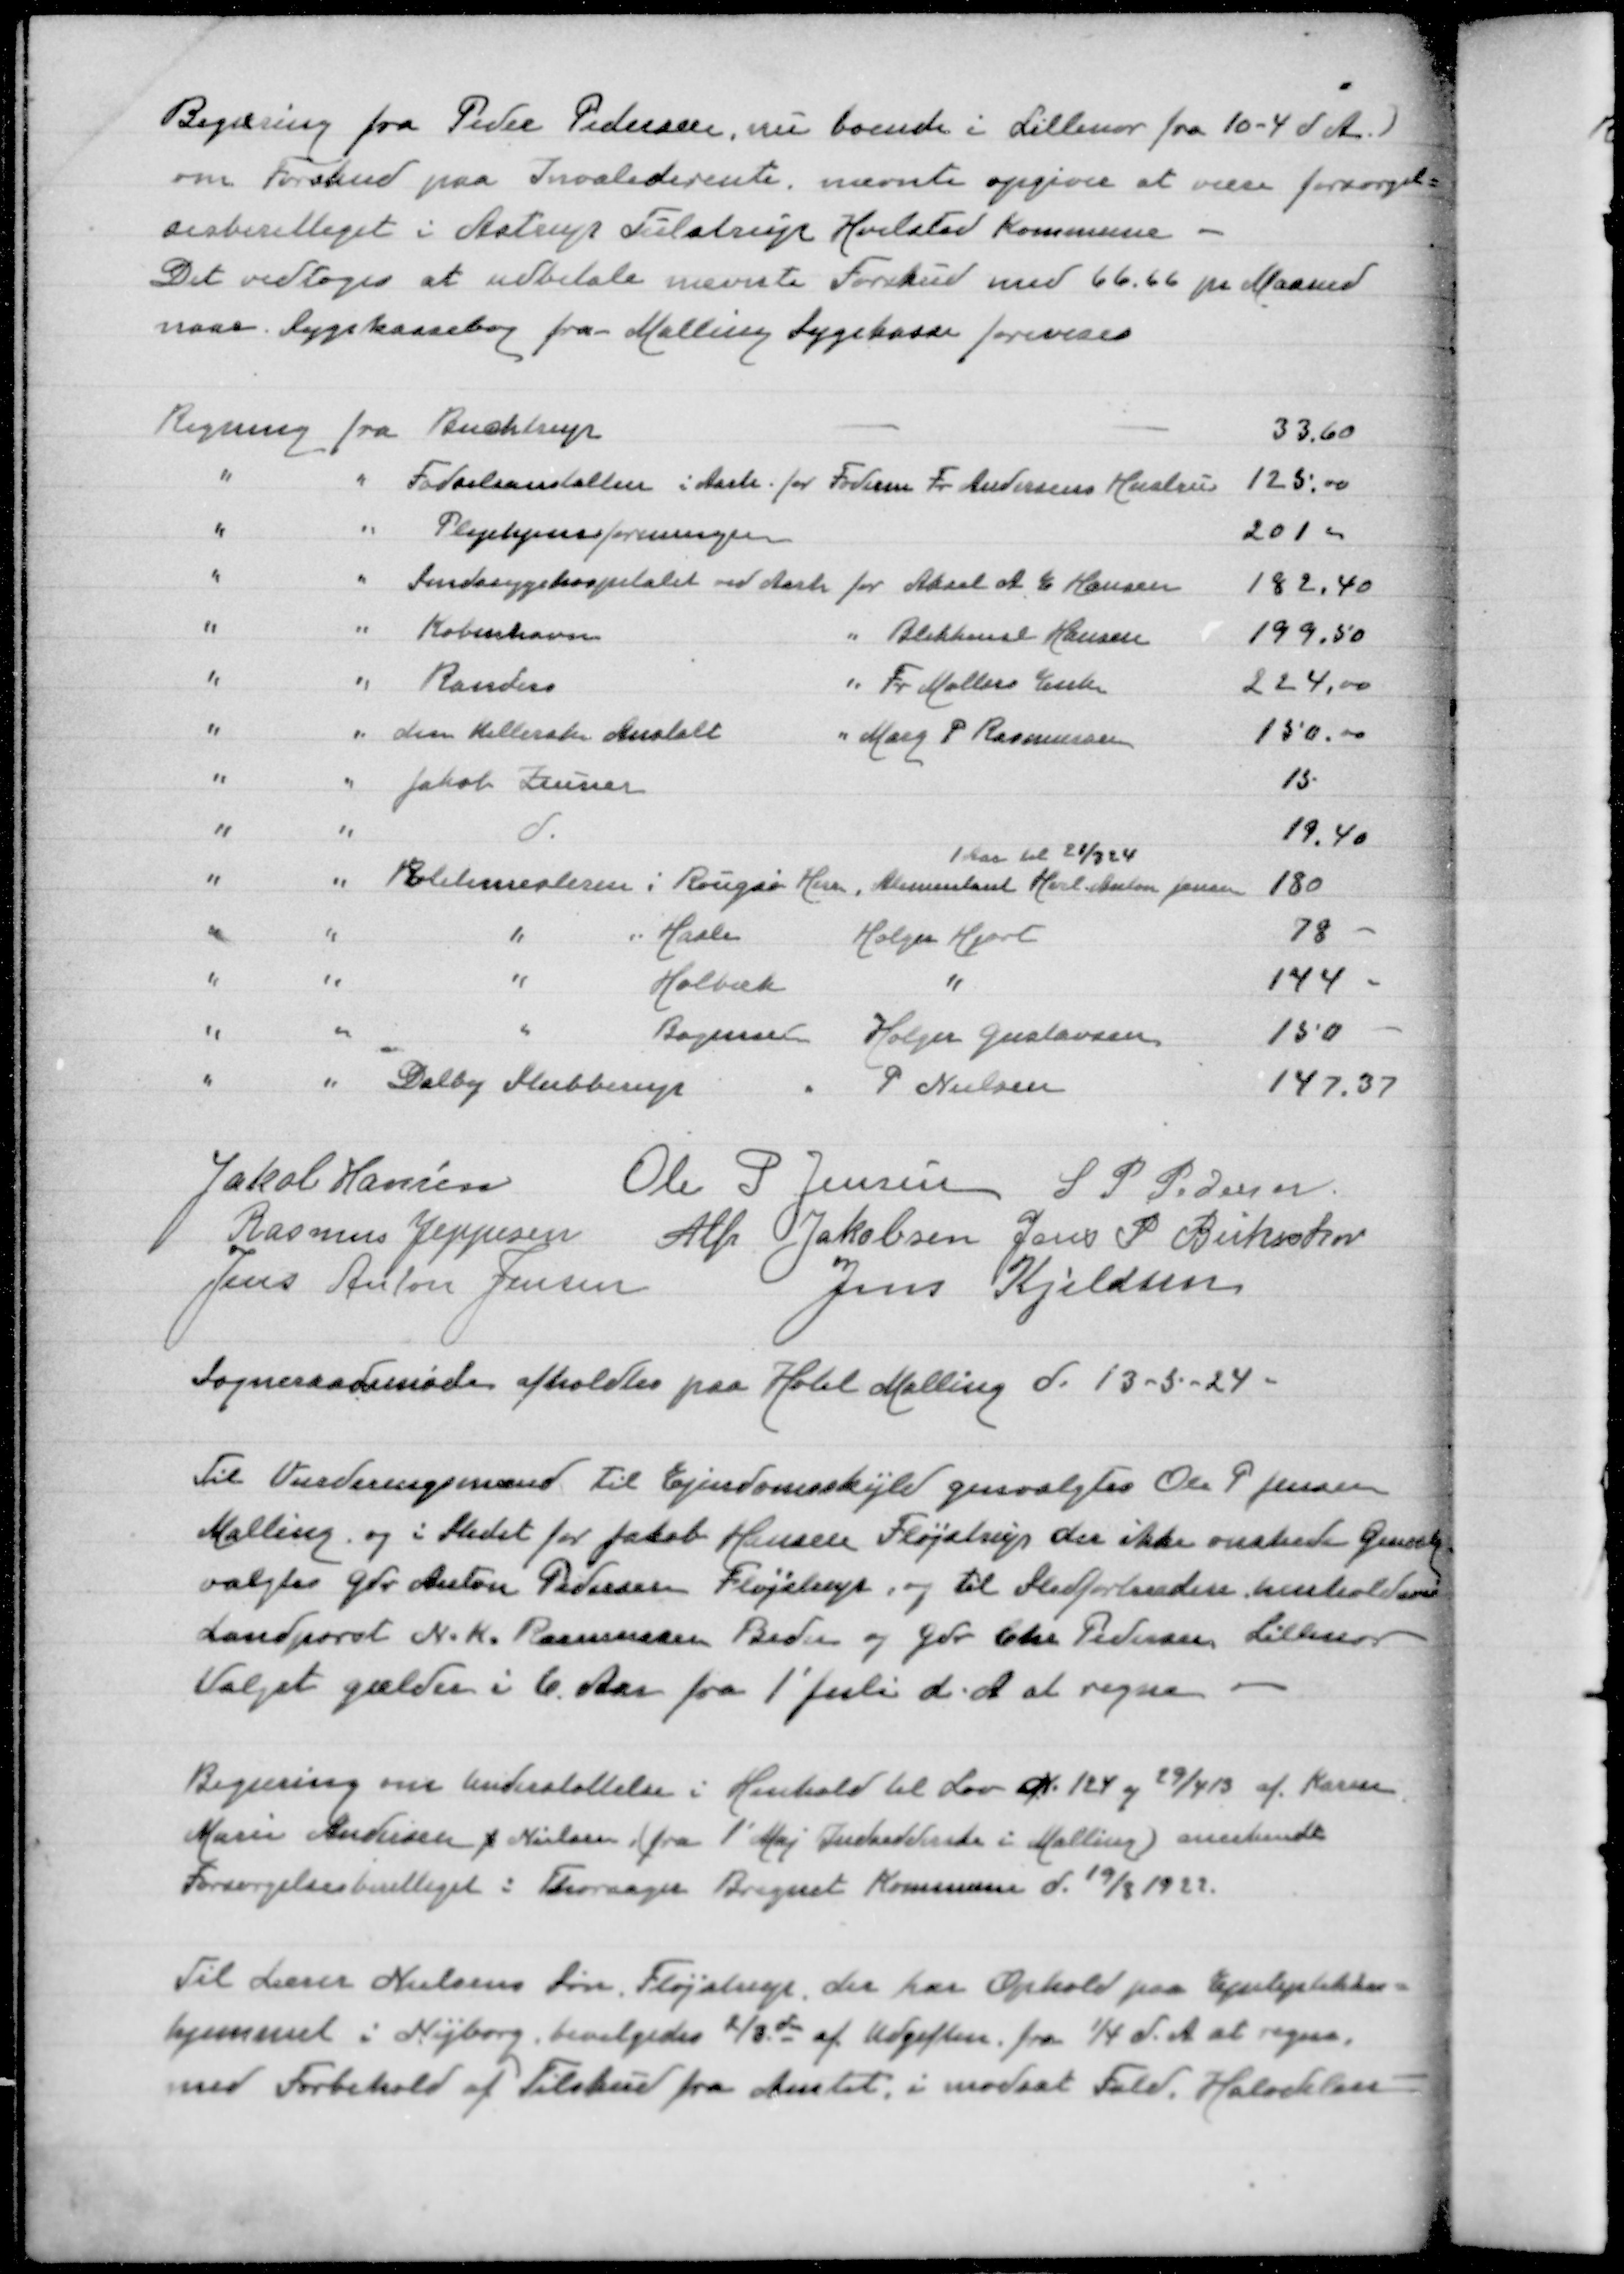
Transskription:
Begæring fra Peder Pedersen, nu boende i Lillenor fra 10-4 d A
om Forskud paa Invaliderente nævnte opgiver at være forsørgel=
sesberettiget i Astrup Tulstrup Holsted Kommune -
Det vedtoges at udbetale nævnte Forskud med 66,66 pr Maaned
naar Sygekassebog fra Malling Sygekasse forevises

Regning fra Buchtrup
33,60
" " Fødeanstalten i Aarh for Foderm Fr Andersens Hustru
1125,00
" " Plejehjemsforeningen
201,00
" " Sindsygehospitalet ved Aarh for Aksel A E Hansen
182,40
" " København " Blikkensl Hansen
199,50
" " Randers " Fr Møllers Enke
224,00
" " den Kellerske Anstalt " Marg P Rasmussen
150,00
" " Jakob Zeuner
15
" " d
19,40
1 Aar til 21/3 24
" " Politimesteren i Rougsø Herr, Alimentant Karl Anton Jensen
180
" " " " Hasle Holger Hjort
78 -
" " " Holbæk "
144 -
" " " Bogensen Holger Gustavsen
150 -
" " Dalby Stubberup " P Nielsen
147,37

Jakob Hansen
Ole P Jensen
S P Pedersen
Rasmus Jeppesen
Alfr Jakobsen
Jens P Birkeskov
Jens Anton Jensen
Jens Kjeldsen
Sogneraadsmøde afholdtes paa Hotel Malling d 13-5-24

Til Vurderingsmand for Ejendomsskyld genvalgtes Ole P Jensen
Malling og i Stedet for Jakob Hansen Fløjstrup der ikke ønskede Genvalg
valgtes Gdr Anton Pedersen Fløjstrup, og til Stedfortrædere henholdsvis
Landpost N K Rasmssen Beder og Gdr Chr Pedersen, Lillenor
Valger gælder i 6 Aar fra 1'Juli d A at regne

Begæring om Understøttelse i Henhold tilLov N 124 af 29/4 13 af Karen
Marie Andersen f Nielsen (fra 1'Maj Indeaddresse i Malling) anerkendt
Forsørgelsesberettiget i Thorsager Bregnet Kommune d 19/3 1922

Tillærer Nielsens Søn, der har Ophold paa Epileptikker=
hjemmet i Nyborg bevilgedes 2/3del af Udgiften fra 1/4 d A at regne
med Forbehold af Tilskud fra Amtet, i modsat fald Halvdelen